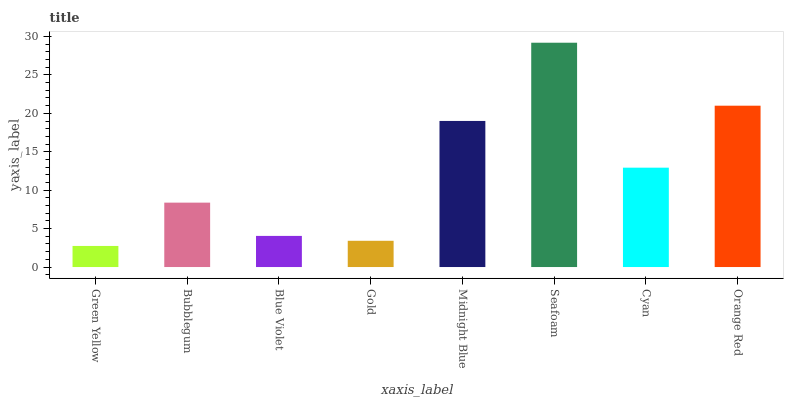
| xaxis_label | bars |
 | --- | --- |
 | Green Yellow | 2.74 |
 | Bubblegum | 8.38 |
 | Blue Violet | 4.05 |
 | Gold | 3.41 |
 | Midnight Blue | 19 |
 | Seafoam | 29.2 |
 | Cyan | 12.9 |
 | Orange Red | 21 |